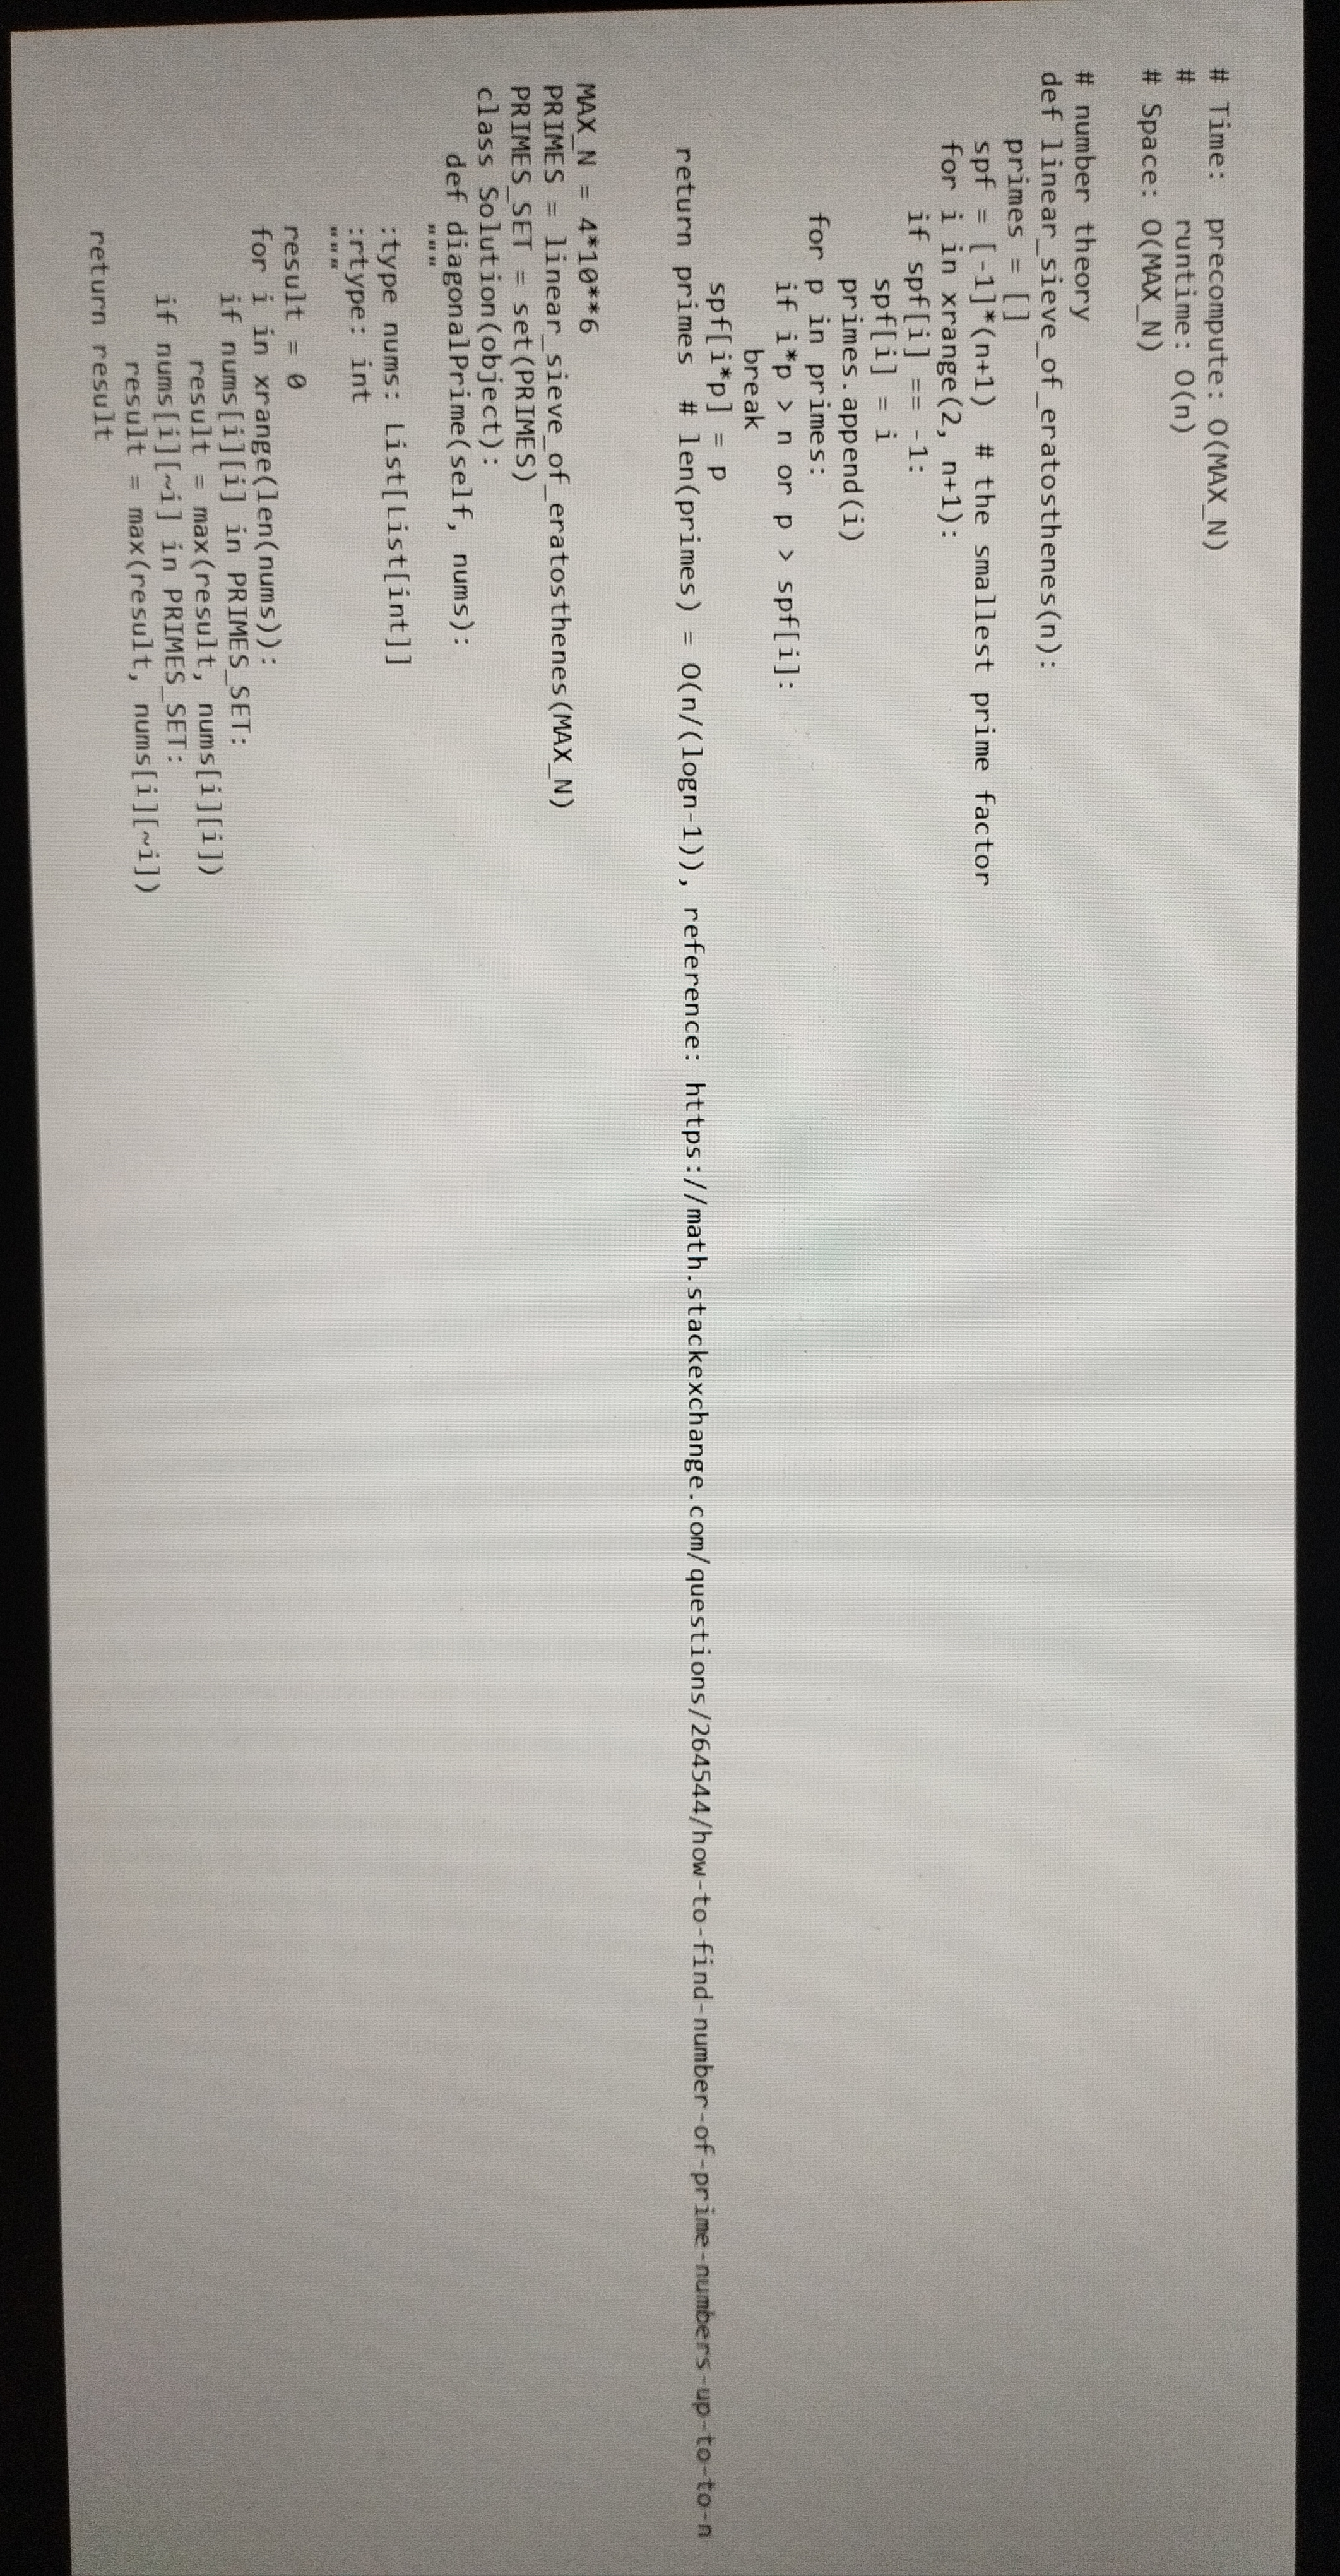
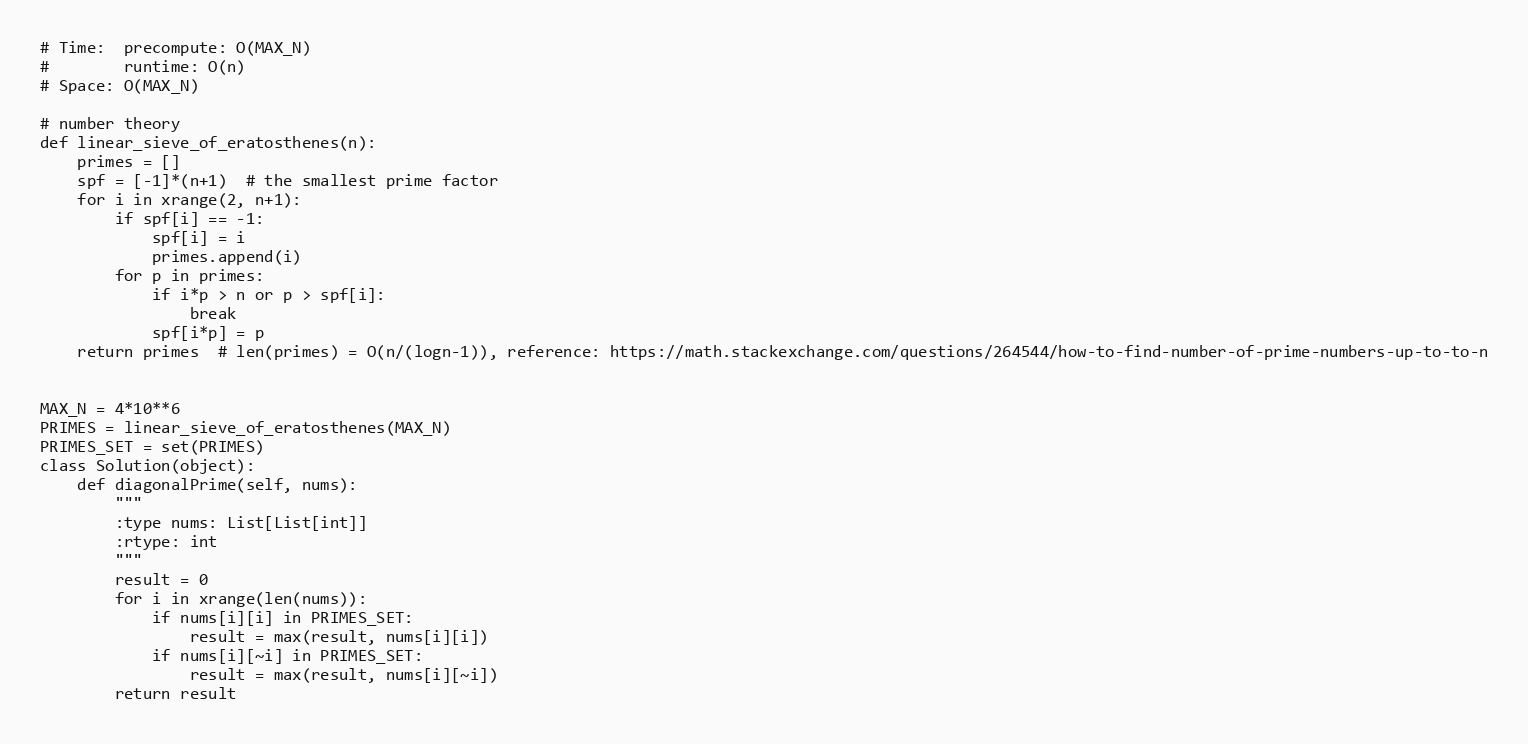
# Time:  precompute: O(MAX_N)
#        runtime: O(n)
# Space: O(MAX_N)

# number theory
def linear_sieve_of_eratosthenes(n):
    primes = []
    spf = [-1]*(n+1)  # the smallest prime factor
    for i in xrange(2, n+1):
        if spf[i] == -1:
            spf[i] = i
            primes.append(i)
        for p in primes:
            if i*p > n or p > spf[i]:
                break
            spf[i*p] = p
    return primes  # len(primes) = O(n/(logn-1)), reference: https://math.stackexchange.com/questions/264544/how-to-find-number-of-prime-numbers-up-to-to-n

MAX_N = 4*10**6
PRIMES = linear_sieve_of_eratosthenes(MAX_N)
PRIMES_SET = set(PRIMES)
class Solution(object):
    def diagonalPrime(self, nums):
        """
        :type nums: List[List[int]]
        :rtype: int
        """
        result = 0
        for i in xrange(len(nums)):
            if nums[i][i] in PRIMES_SET:
                result = max(result, nums[i][i])
            if nums[i][~i] in PRIMES_SET:
                result = max(result, nums[i][~i])
        return result